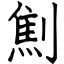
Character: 劁